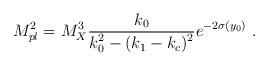
\begin{align*}M_{pl}^2 = {M_X^3} {{ k_0} \over\displaystyle { k_0^2 - (k_1-k_c)^2}} e^{-2 \sigma(y_0)}~.~\,\end{align*}